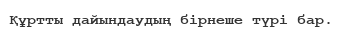
Құртты дайындаудың бiрнеше түрi бар.